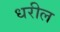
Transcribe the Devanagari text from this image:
धरील